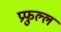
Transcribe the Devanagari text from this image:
प्रफुल्‍ल